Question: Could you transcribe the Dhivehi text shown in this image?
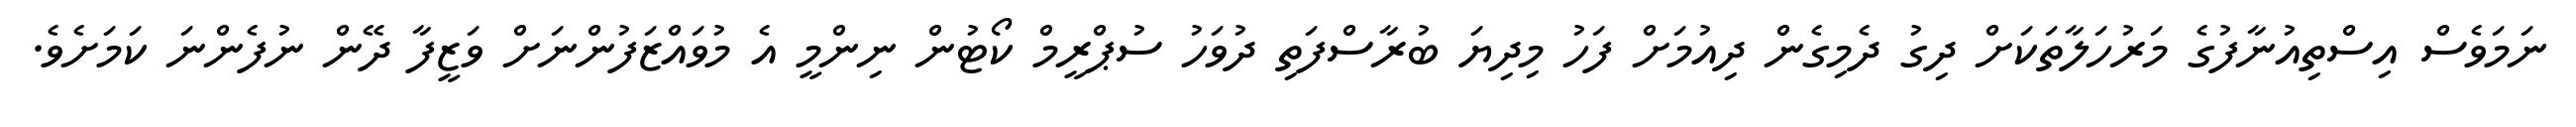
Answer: ނަމަވެސް އިސްތިއުނާފުގެ މަރުހަލާތަކަށް ދިގު ދެމިގެން ދިއުމަށް ފަހު މިދިޔަ ބުރާސްފަތި ދުވަހު ސުޕްރީމް ކޯޓުން ނިންމީ އެ މުވައްޒަފުންނަށް ވަޒީފާ ދޭން ނުފެންނަ ކަމަށެވެ.